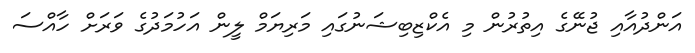
އަންދުއާއި ޖުނޭގެ އިތުރުން މި އެކްޒިބިޝަނުގައި މަރިޔަމް ލީން އަހުމަދުގެ ވަރަށް ހާއްސަ